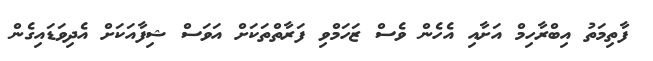
ފާތިމަތު އިބްރާހިމް އަށާއި އެހެން ވެސް ޒަހަމްވި ފަރާތްތަކަށް އަވަސް ޝިފާއަކަށް އެދިވަޑައިގެން